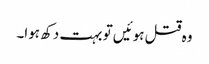
وہ قتل ہوئیں تو بہت دکھ ہوا۔